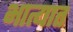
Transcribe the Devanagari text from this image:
भात्यात